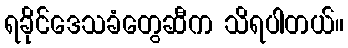
ရခိုင်ဒေသခံတွေဆီက သိရပါတယ်။